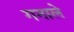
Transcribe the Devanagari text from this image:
गनाले